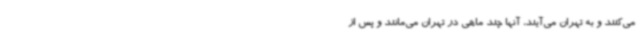
می‌کنند و به تهران می‌آیند، آنها چند ماهی در تهران می‌مانند و پس از